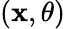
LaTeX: (\mathbf{x},\theta)